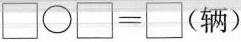
$$\square\bigcirc\square=\square(辆)$$